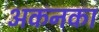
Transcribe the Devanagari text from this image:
अकनका